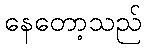
နေတော့သည်